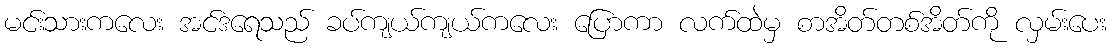
မင်းသားကလေး အင်ဒရေသည် ခပ်ကျယ်ကျယ်ကလေး ပြောကာ လက်ထဲမှ စာအိတ်တစ်အိတ်ကို လှမ်းပေး